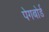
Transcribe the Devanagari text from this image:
पेगबोर्ड